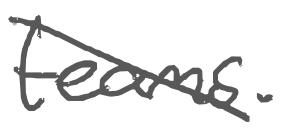
Text: teams.
Cross-out: diagonal
Writing tool: digital_gray